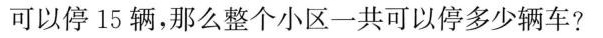
可以停15辆，那么整个小区一共可以停多少辆车?